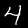
Label: 4